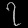
Digit: ၇